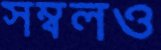
সম্বলও